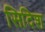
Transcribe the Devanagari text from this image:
सिदिश